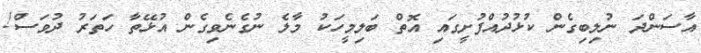
އާސަންދަ ނުލިބިގެން ކުޅުދުއްފުށީގައި އޮތް ބަލިމީހަކު މާލެ ނުގެނެވިގެން އުޅޭތާ ހަތަރު ދުވަސް!